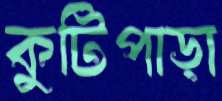
কুটিপাড়া